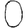
Digit: 0